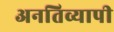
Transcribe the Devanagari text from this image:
अनतिव्यापी